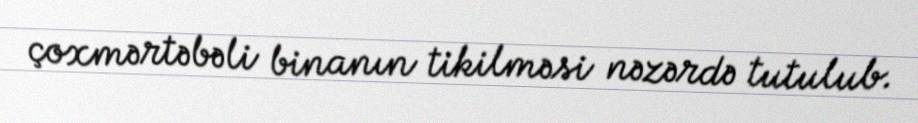
çoxmərtəbəli binanın tikilməsi nəzərdə tutulub.